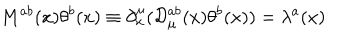
M ^ { a b } ( x ) \theta ^ { b } ( x ) \equiv \partial _ { x } ^ { \mu } ( { \cal D } _ { \mu } ^ { a b } ( x ) \theta ^ { b } ( x ) ) = \lambda ^ { a } ( x )